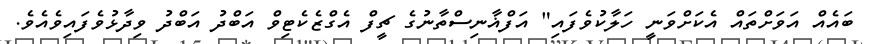
ބައެއް އަވަށްތައް އެކަށްވަނީ ހަލާކުވެފައި" އަފްޣާނިސްތާނުގެ ޗީފް އެގްޒެކެޓިވް އަބްދު އަބްދު ވިދާޅުވެފައިވެއެވެ.